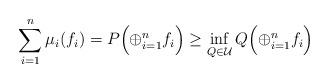
LaTeX: \begin{gather*}\sum_{i=1}^n\mu_i(f_i)=P\Bigl(\oplus_{i=1}^nf_i\Bigr)\ge\inf_{Q\in\mathcal{U}}Q\Bigl(\oplus_{i=1}^nf_i\Bigr)\end{gather*}